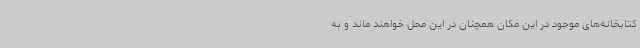
کتابخانه‌های موجود در این مکان همچنان در این محل خواهند ماند و به